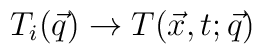
T_i(\vec q) \to T(\vec x, t; \vec q)